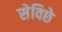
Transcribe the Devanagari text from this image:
सेविछे